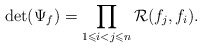
\begin{align*}\det(\Psi_f) = \prod_{1\leqslant i < j \leqslant n} \mathcal{R}(f_j, f_i).\end{align*}